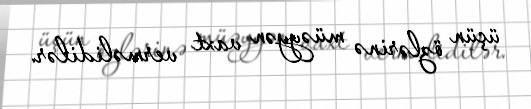
üçün özlərinə müəyyən vaxt verməlidilər.